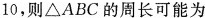
10，则△ABC的周长可能为